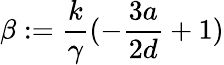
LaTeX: \beta:=\frac{k}{\gamma}(-\frac{3a}{2d}+1)